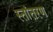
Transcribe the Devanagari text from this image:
स्तांतरण